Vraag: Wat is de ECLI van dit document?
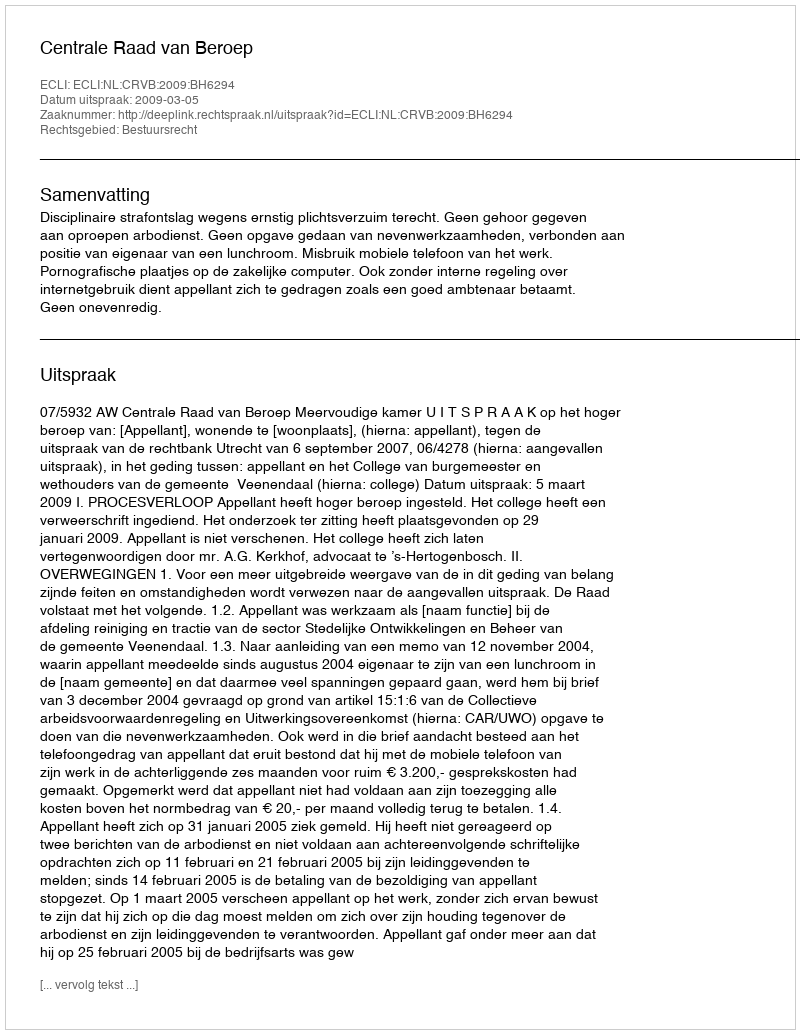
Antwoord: ECLI:NL:CRVB:2009:BH6294